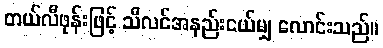
တယ်လီဖုန်းဖြင့် သီလင်အနည်းငယ်မျှ လောင်းသည်။